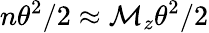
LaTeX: n\theta^{2}/2\approx\mathcal{M}_{z}\theta^{2}/2